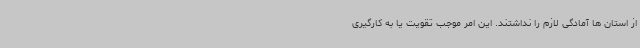
از استان ها آمادگی لازم را نداشتند. این امر موجب تقویت یا به کارگیری